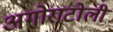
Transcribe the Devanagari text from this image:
अगोराटोली